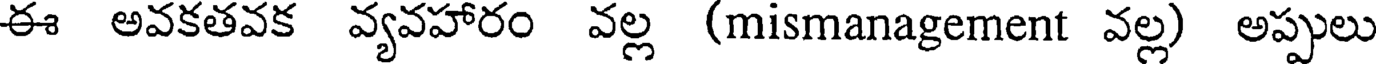
ఈ అవకతవక వ్యవహారం వల్ల (mismanagement వల్ల) అప్పులు